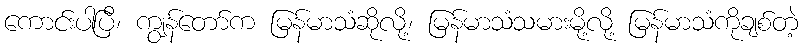
ကောင်းပါပြီ၊ ကျွန်တော်က မြန်မာသံဆိုလို့၊ မြန်မာသံသမားမို့လို့ မြန်မာသံကိုချစ်တဲ့